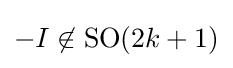
-I\not \in \operatorname {SO} (2k+1)